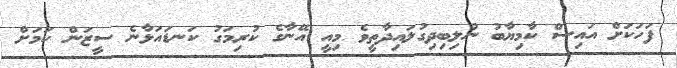
ފަހަކަށް އައިސް ކާމިޔާބު ނުލިބިދިގުލައިދާތީވެ މިއީ އޭނާގެ ކުރިމަގު ކަނޑައަޅާނެ ސީޒަން ކަމަށް